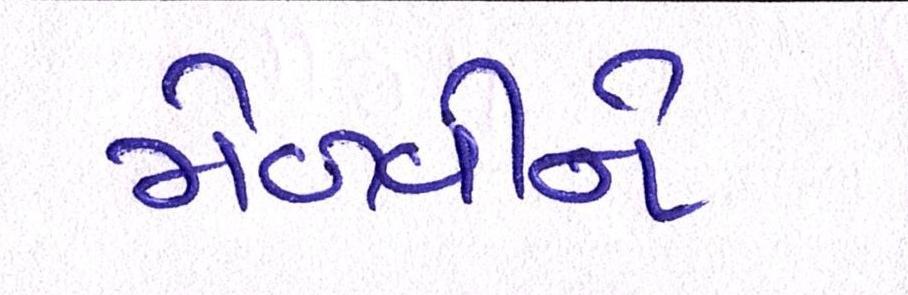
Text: મેળવીને